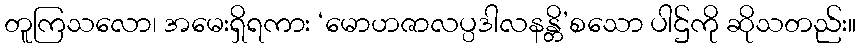
တူကြသလော၊ အမေးရှိရကား ‘မောဟဇာလပ္ပဒါလနန္တိ’စသော ပါဌ်ကို ဆိုသတည်း။